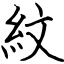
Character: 紋